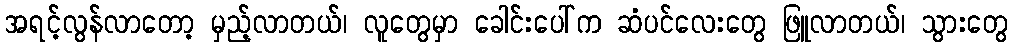
အရင့်လွန်လာတော့ မှည့်လာတယ်၊ လူတွေမှာ ခေါင်းပေါ်က ဆံပင်လေးတွေ ဖြူလာတယ်၊ သွားတွေ